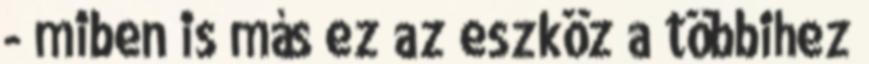
- miben is más ez az eszköz a többihez